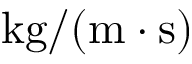
\mathrm { k g / ( m \cdot s ) }